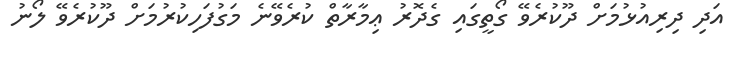
އަދި ދިރިއުޅުމަށް ދޫކުރެވޭ ގޯތީގައި ގެދޮރު ޢިމާރާތް ކުރެވޭނެ މަގުފަހިކުރުމަށް ދޫކުރެވޭ ލޯނު